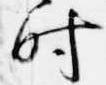
時